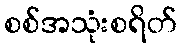
စစ်အသုံးစရိတ်